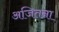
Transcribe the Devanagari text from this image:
अजितना